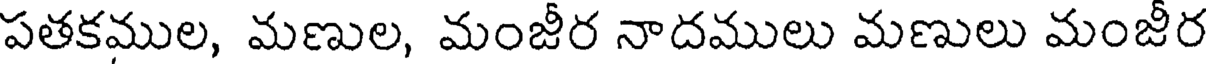
పతకముల, మణుల, మంజీర నాదములు మణులు మంజీర